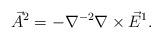
LaTeX: \begin{align*}\vec A^2 = - \nabla^{-2} \nabla \times \vec E^1.\end{align*}